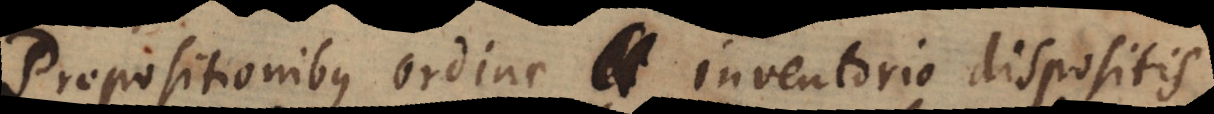
Propositionibus ordine inventorio dispositis